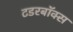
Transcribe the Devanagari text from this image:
टिंडरबॉक्स